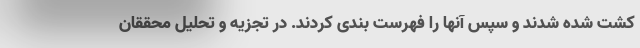
کشت شده شدند و سپس آنها را فهرست بندی کردند. در تجزیه و تحلیل محققان